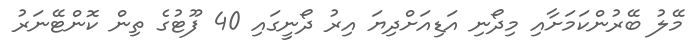
މޭލު ބޭރުންކަމަށާއި މިދޯނި އަޑިއަށްދިޔަ އިރު ދޯނީގައި 40 ފޫޓުގެ ތިން ކޮންޓޭނަރު